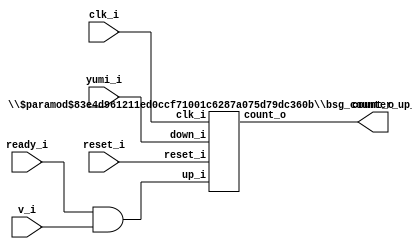
// This program was cloned from: https://github.com/chipsalliance/UHDM-integration-tests
// License: Apache License 2.0

/* Generated by Yosys 0.27+9 (git sha1 101d19bb6, gcc 11.2.0-7ubuntu2 -fPIC -Os) */


module \$paramod$83e4d961211ed0ccf71001c6287a075d79dc360b\bsg_counter_up_down (clk_i, reset_i, up_i, down_i, count_o);
  wire _00_;
  wire _01_;
  wire _02_;
  wire _03_;
  wire _04_;
  wire _05_;
  wire _06_;
  wire _07_;
  wire _08_;
  wire _09_;
  wire _10_;
  wire _11_;
  wire _12_;
  wire _13_;
  wire _14_;
  wire _15_;
  wire _16_;
  wire _17_;
  wire _18_;
  wire _19_;
  wire _20_;
  wire _21_;
  wire _22_;
  wire _23_;
  wire _24_;
  wire _25_;
  wire _26_;
  wire _27_;
  wire _28_;
  wire _29_;
  wire _30_;
  (* force_downto = 32'd1 *)
  
  (* unused_bits = "1 2 3 4 5 6" *)
  wire [6:0] _31_;
  (* force_downto = 32'd1 *)
  
  wire [6:0] _32_;
  
  input clk_i;
  wire clk_i;
  
  output [6:0] count_o;
  reg [6:0] count_o;
  
  input down_i;
  wire down_i;
  
  input reset_i;
  wire reset_i;
  
  input up_i;
  wire up_i;
  assign _00_ = down_i & ~(count_o[0]);
  assign _01_ = _00_ ^ count_o[1];
  assign _02_ = ~up_i;
  assign _03_ = ~(down_i ^ count_o[0]);
  assign _04_ = _03_ | _02_;
  assign _32_[1] = ~(_04_ ^ _01_);
  assign _05_ = count_o[2] ^ count_o[1];
  assign _06_ = _00_ | count_o[1];
  assign _07_ = _01_ & ~(_04_);
  assign _08_ = _07_ | ~(_06_);
  assign _32_[2] = ~(_08_ ^ _05_);
  assign _09_ = count_o[2] ^ count_o[3];
  assign _10_ = count_o[2] | ~(count_o[1]);
  assign _11_ = _08_ & ~(_05_);
  assign _12_ = _10_ & ~(_11_);
  assign _32_[3] = _12_ ^ _09_;
  assign _13_ = count_o[3] ^ count_o[4];
  assign _14_ = count_o[3] | ~(count_o[2]);
  assign _15_ = ~(_10_ | _09_);
  assign _16_ = _14_ & ~(_15_);
  assign _17_ = _09_ | _05_;
  assign _18_ = _08_ & ~(_17_);
  assign _19_ = _16_ & ~(_18_);
  assign _32_[4] = _19_ ^ _13_;
  assign _20_ = count_o[4] ^ count_o[5];
  assign _21_ = count_o[4] | ~(count_o[3]);
  assign _22_ = ~(_19_ | _13_);
  assign _23_ = _21_ & ~(_22_);
  assign _32_[5] = _23_ ^ _20_;
  assign _24_ = count_o[5] ^ count_o[6];
  assign _25_ = count_o[5] | ~(count_o[4]);
  assign _26_ = ~(_21_ | _20_);
  assign _27_ = _25_ & ~(_26_);
  assign _28_ = _20_ | _13_;
  assign _29_ = ~(_28_ | _19_);
  assign _30_ = _27_ & ~(_29_);
  assign _32_[6] = _30_ ^ _24_;
  assign _31_[0] = _03_ ^ _02_;
  (* \always_ff  = 32'd1 *)
  
  always @(posedge clk_i)
    if (reset_i) count_o[0] <= 1'h0;
    else count_o[0] <= _31_[0];
  (* \always_ff  = 32'd1 *)
  
  always @(posedge clk_i)
    if (reset_i) count_o[1] <= 1'h0;
    else count_o[1] <= _32_[1];
  (* \always_ff  = 32'd1 *)
  
  always @(posedge clk_i)
    if (reset_i) count_o[2] <= 1'h0;
    else count_o[2] <= _32_[2];
  (* \always_ff  = 32'd1 *)
  
  always @(posedge clk_i)
    if (reset_i) count_o[3] <= 1'h0;
    else count_o[3] <= _32_[3];
  (* \always_ff  = 32'd1 *)
  
  always @(posedge clk_i)
    if (reset_i) count_o[4] <= 1'h0;
    else count_o[4] <= _32_[4];
  (* \always_ff  = 32'd1 *)
  
  always @(posedge clk_i)
    if (reset_i) count_o[5] <= 1'h0;
    else count_o[5] <= _32_[5];
  (* \always_ff  = 32'd1 *)
  
  always @(posedge clk_i)
    if (reset_i) count_o[6] <= 1'h0;
    else count_o[6] <= _32_[6];
  assign _32_[0] = _31_[0];
endmodule

(* top =  1  *)

module bsg_flow_counter(clk_i, reset_i, v_i, ready_i, yumi_i, count_o);
  
  input clk_i;
  wire clk_i;
  
  output [6:0] count_o;
  wire [6:0] count_o;
  
  wire enque;
  
  input ready_i;
  wire ready_i;
  
  input reset_i;
  wire reset_i;
  
  input v_i;
  wire v_i;
  
  input yumi_i;
  wire yumi_i;
  assign enque = ready_i & v_i;
  (* module_not_derived = 32'd1 *)
  
  \$paramod$83e4d961211ed0ccf71001c6287a075d79dc360b\bsg_counter_up_down  \gen_blk_0.counter  (
    .clk_i(clk_i),
    .count_o(count_o),
    .down_i(yumi_i),
    .reset_i(reset_i),
    .up_i(enque)
  );
endmodule